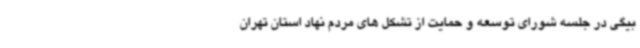
بیگی در جلسه شورای توسعه و حمایت از تشکل های مردم نهاد استان تهران